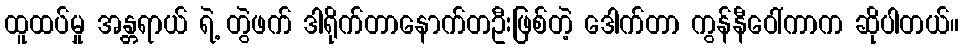
ထူထပ်မှု အန္တရာယ် ရဲ့ တွဲဖက် ဒါရိုက်တာနောက်တဦးဖြစ်တဲ့ ဒေါက်တာ ကွန်နီဝေါ်ကာက ဆိုပါတယ်။